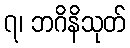
၇၊ ဘဂိနိသုတ်